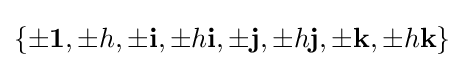
\{\pm \mathbf {1} ,\pm h,\pm \mathbf {i} ,\pm h\mathbf {i} ,\pm \mathbf {j} ,\pm h\mathbf {j} ,\pm \mathbf {k} ,\pm h\mathbf {k} \}